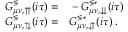
\begin{array} { r l } { G _ { \mu \nu , \upuparrows } ^ { \lessgtr } ( i \tau ) = } & { { } - G _ { \mu \nu , \downdownarrows } ^ { \lessgtr * } ( i \tau ) } \\ { G _ { \mu \nu , \updownarrows } ^ { \lessgtr } ( i \tau ) = } & { { } G _ { \mu \nu , \downuparrows } ^ { \lessgtr * } ( i \tau ) \; . } \end{array}